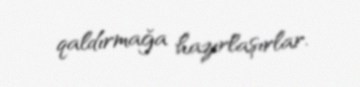
qaldırmağa hazırlaşırlar.